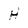
Character: H